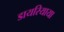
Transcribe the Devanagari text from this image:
डायरियाया